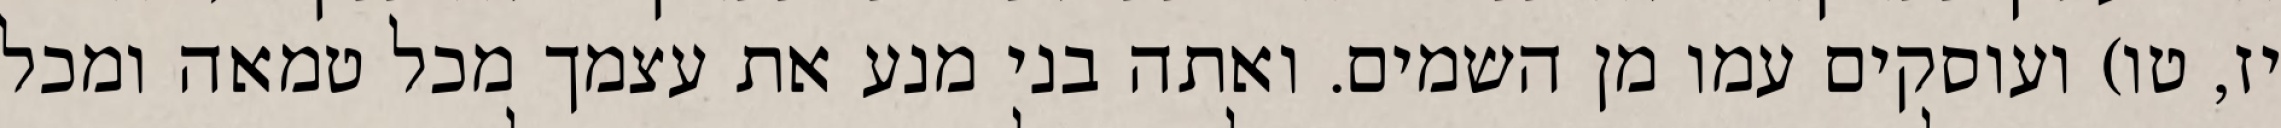
יז, טו) ועוסקים עמו מן השמים. ואתה בני מנע את עצמך מכל טמאה ומכל